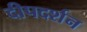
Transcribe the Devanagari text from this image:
दीपदर्शन